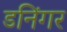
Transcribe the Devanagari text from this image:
डनिंगर